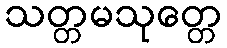
သတ္တမသုတ္တေ